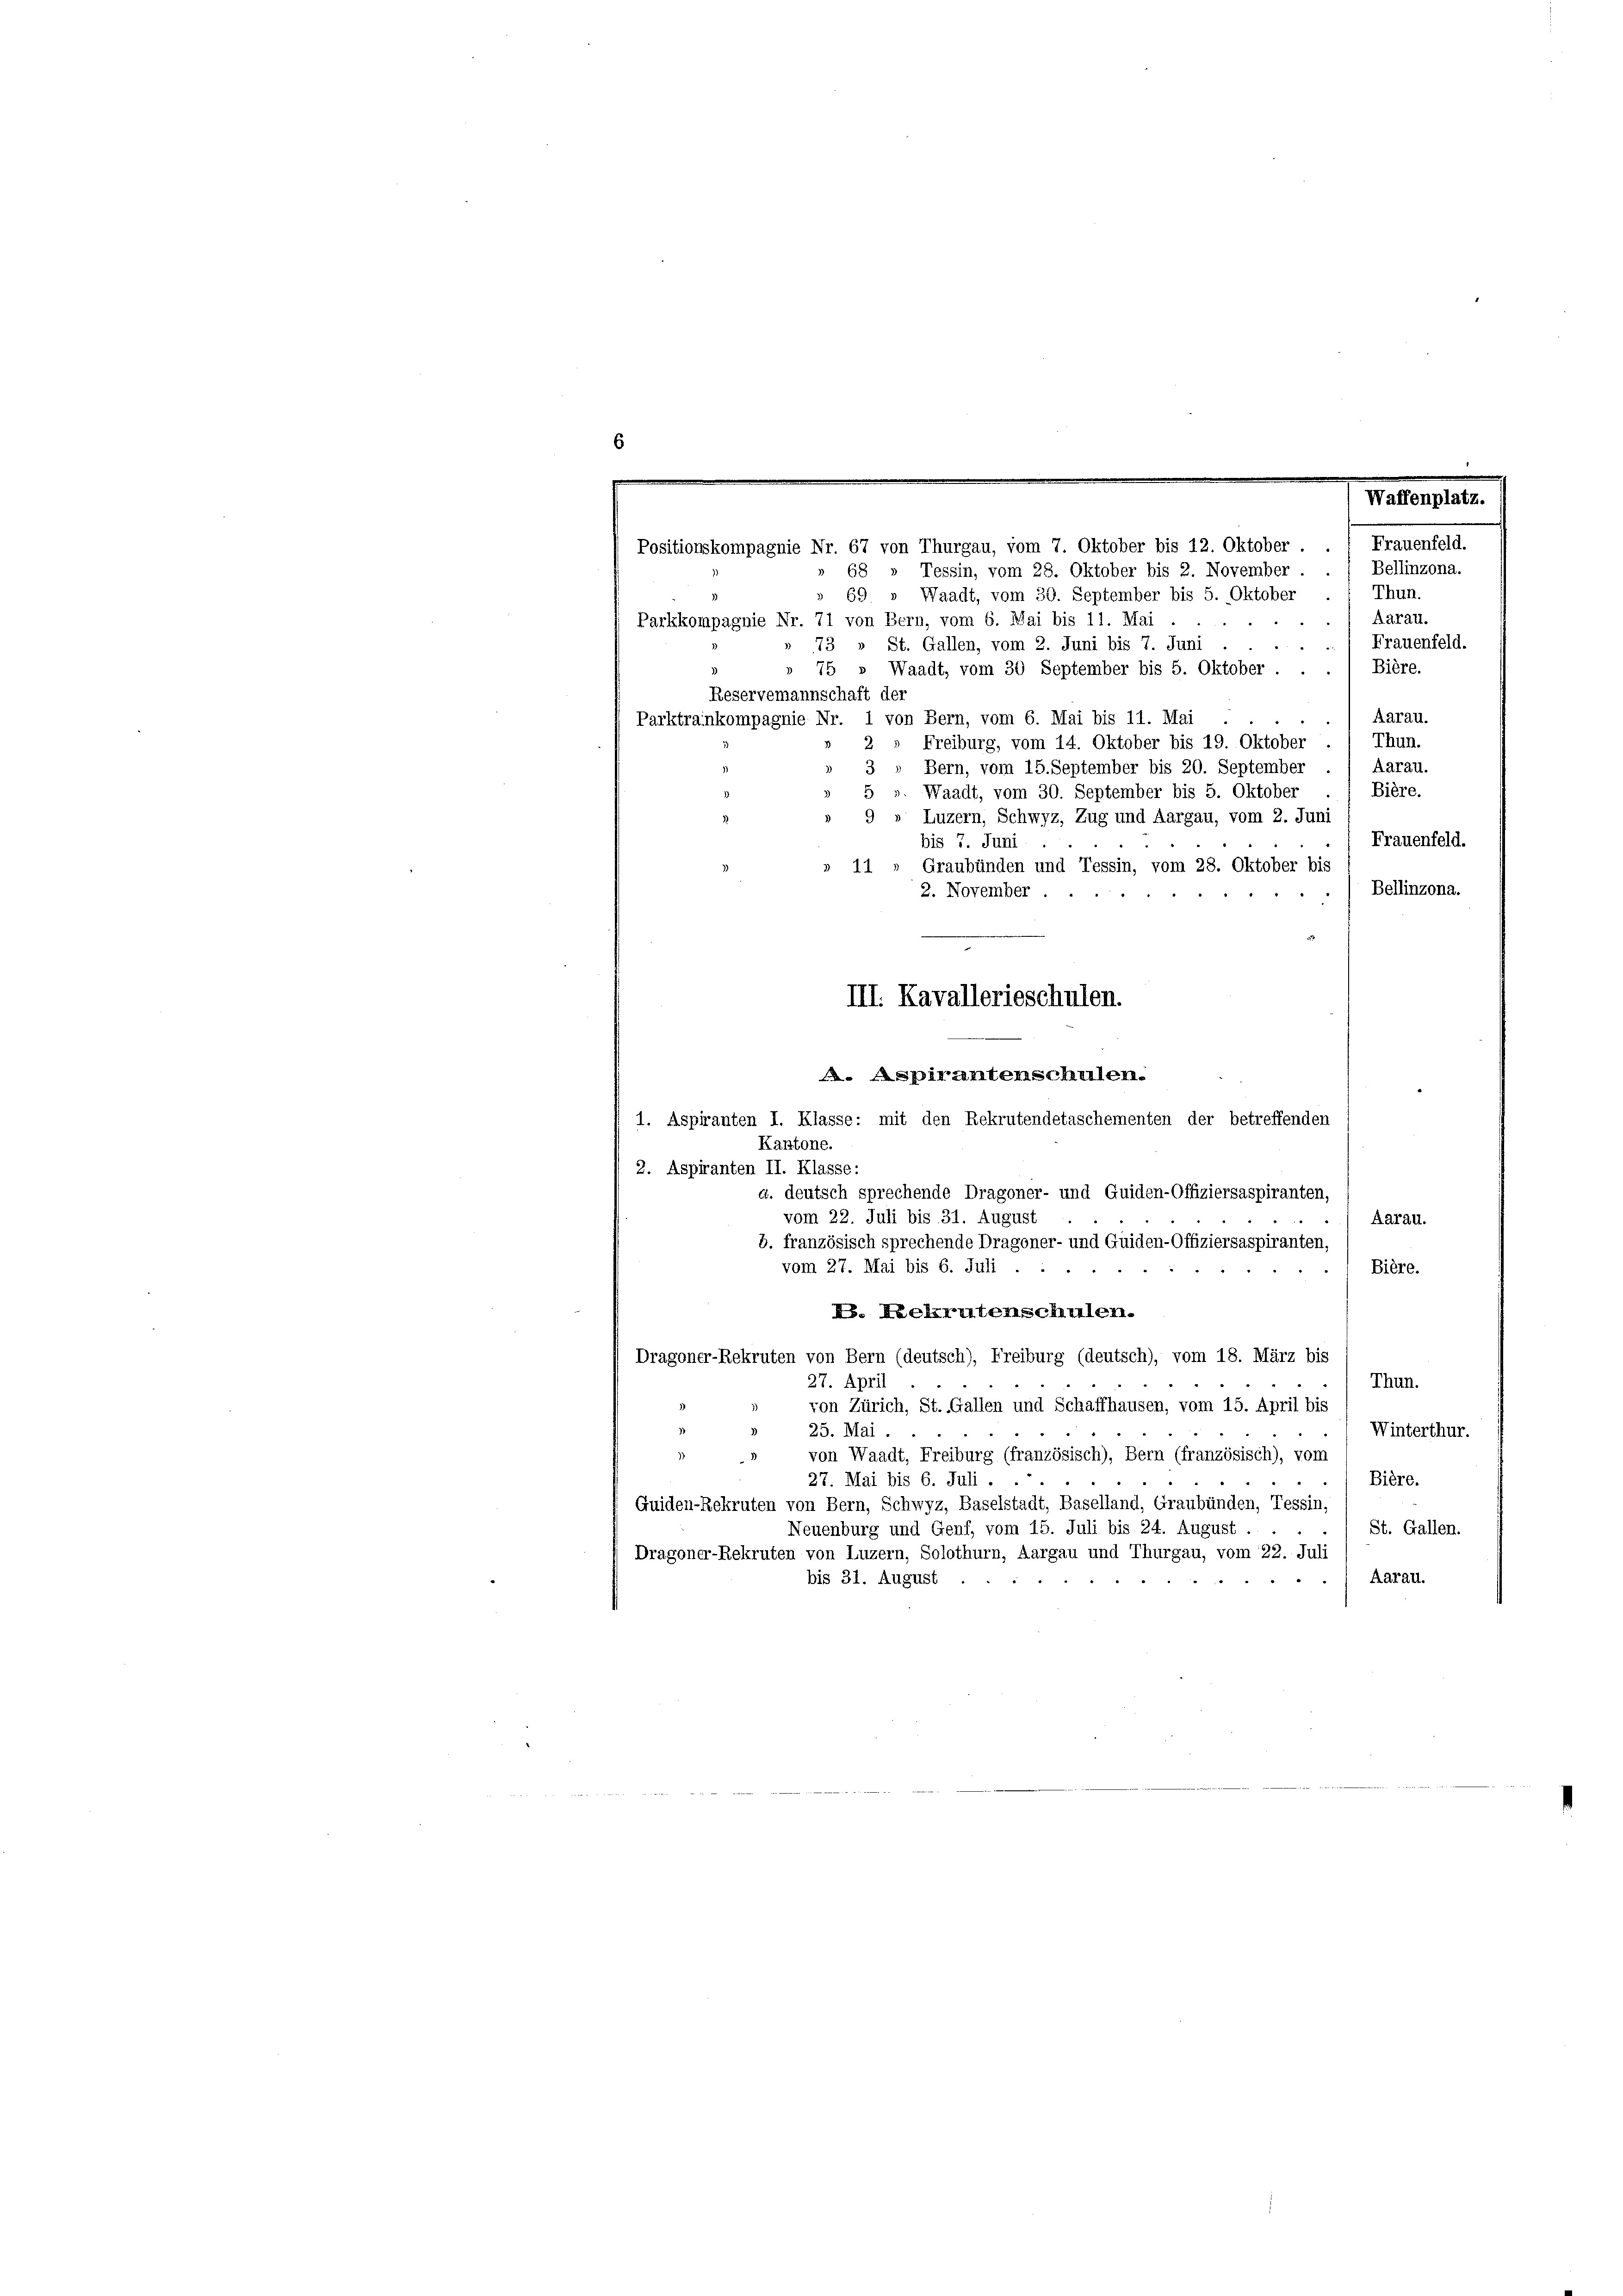
Thun.
69 » Waadt, vom 30. September bis 5. Oktober
Aarau.
Parkkompagnie Nr. 71 von Bern, vom 6. Mai bis 11. Mai
i
Frauenfeld.
73 » St. Gallen, vom 2. Juni bis 7. Juni
Bière.
75 Waadt, vom 30 September bis 5. Oktober
Reservemannschaft der
Aarau.
Parktrainkompagnie Nr. 1 von Bern, vom 6. Mai bis 11. Mai
Thun.
2
Freiburg, vom 14. Oktober bis 19. Oktober
Bern, vom 15. September bis 20. September ./ Aarau.
3
Bière.
». Waadt, vom 30. September bis 5. Oktober
Luzern, Schwyz, Zug und Aargau, vom 2. Juni
Frauenfeld.
bis 7. Juni
Graubünden und Tessin, vom 28. Oktober bis
11
Bellinzona.
2. November.
. Aspirantenscheilen.
1. Aspiranten I. Klasse: mit den Rekrutendetaschementen der betreffenden
Kantone.
2. Aspiranten II. Klasse:
a. deutsch sprechende Dragoner- und Guiden-Offiziersaspiranten,
vom 22. Juli bis 31. August
Aarau.
b. französisch sprechende Dragoner- und Guiden-Offiziersaspiranten,
vom 27. Mai bis 6. Juli .
Bière.
B. Rekrutenschulen.
Dragoner-Rekruten von Bern (deutsch), Freiburg (deutsch), vom 18. März bis
Thun.
27. April
von Zürich, St. Gallen und Schaffhausen, vom 15. April bis
25. Mai.
Winterthur.
)
von Waadt, Freiburg (französisch), Bern (französisch), vom
Bière.
27. Mai bis 6. Juli . .
Guiden-Rekruten von Bern, Schwyz, Baselstadt, Baselland, Graubünden, Tessin,
St. Gallen.
Neuenburg und Genf, vom 15. Juli bis 24. August .
Dragoner-Rekruten von Luzern, Solothurn, Aargau und Thurgau, vom 22. Juli
Aarau.
bis 31. August.

.
.
Waffenplatz.
Frauenfeld.
Positionskompagnie Nr. 67 von Thurgau, vom 7. Oktober bis 12. Oktober
Bellinzona.
68 » Tessin, vom 28. Oktober bis 2. November .

III. Kavallerieschulen.